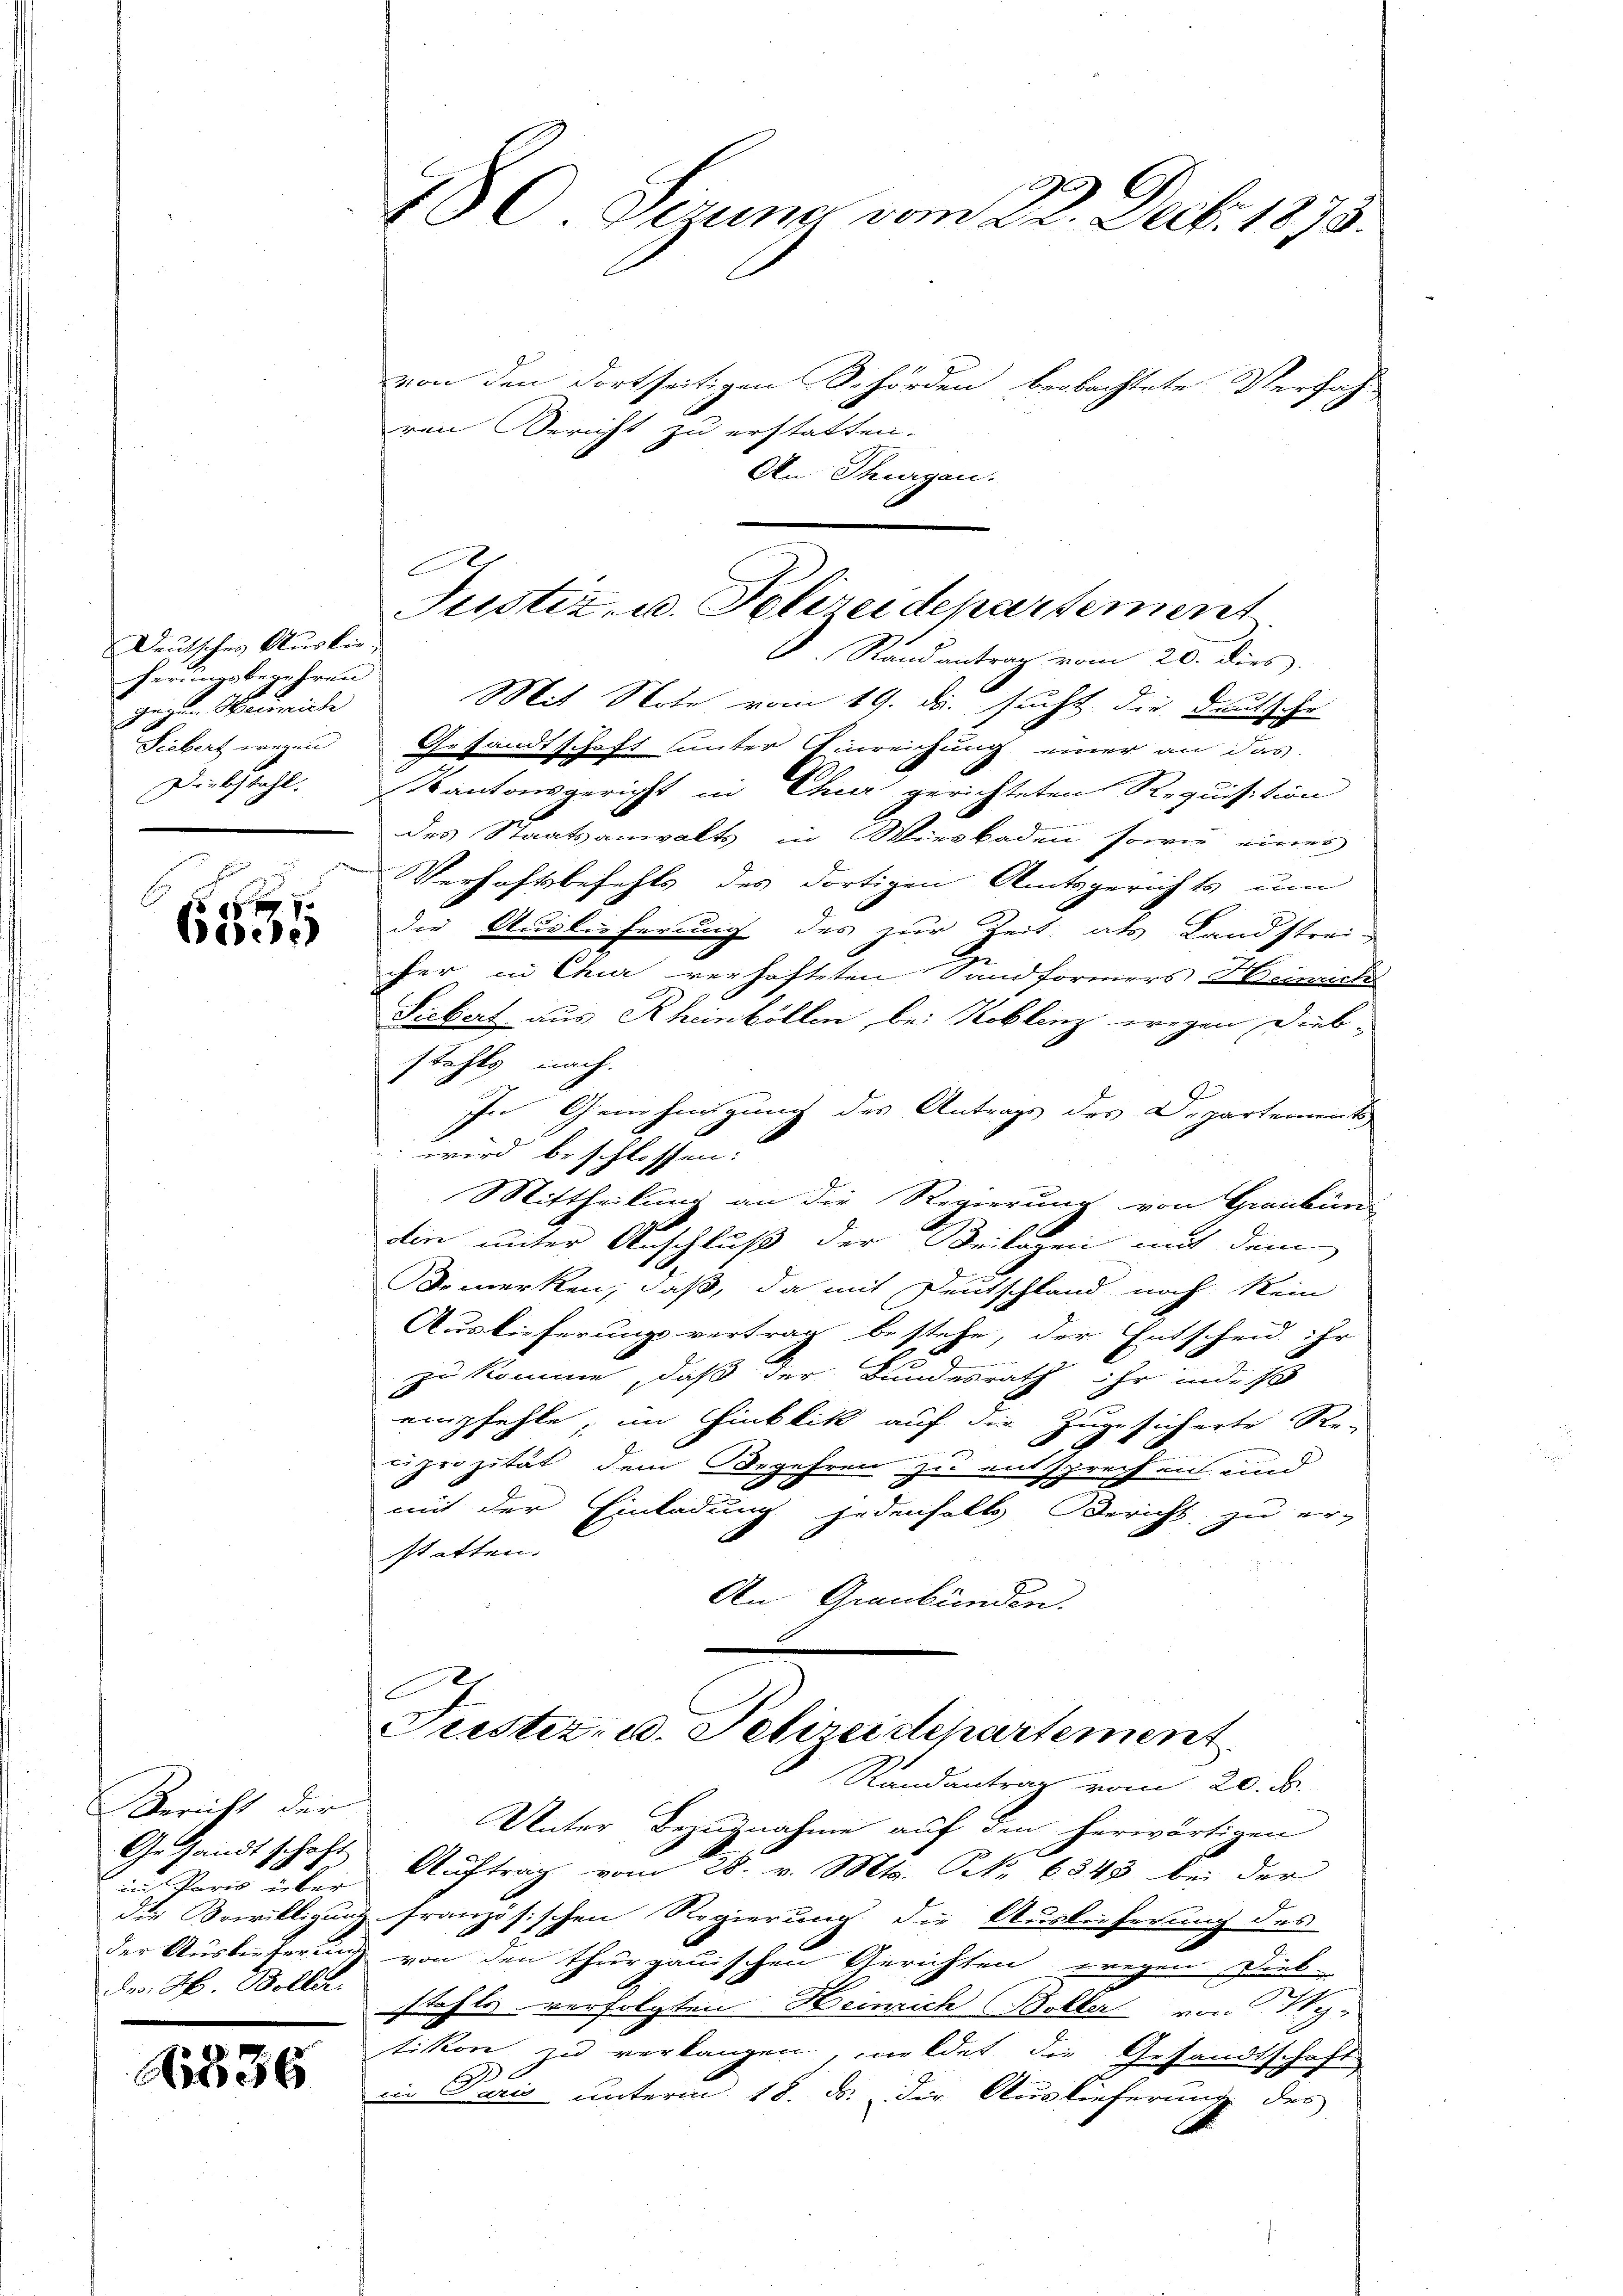
Deutsches Auslieherungsbegehren
gegen Maureiche
.
Fiebert wegen
n

esehe

Bericht der
Gestandtschaft
in Paris über
der Bewilligung
des H. Bolle.

A836

von den dortseitigen Behörden beobachtete Verfah-
ren Bericht zu erstatten.
An Thurgau.
Mit Note vom 19. ds. sucht die Deutsche
Gesandtschaft unter Einreichung einer an das
Diebstahl. Kantonsgericht in Chur gerichteten Requisition
des Staatsanwalts in Wiesbaden sowie eines
Verhaftsbefehls des dortigen Amtsgerichts um
die Auslieferung des zur Zeit als Landstra-
Z
cher in Chur verhafteten Sandformers Keincks
Fiebert aus Rheinböllen bei Koblenz wegen Dieb-
stahls nach.
In Genehmigung des Antrags des Departements
 wird beschlossen:
Mittheilung an die Regierung von Graubünd
din unter Anschluß der Beilagen mit dem
f
Bemerken, daß, da mit Deutschland noch kein
Auslieferung vertrag bestehe, der Entscheid ihr
zu komme, daß der Bundesrath ihr indes
empfehle, im Hinblik auf die Zugesicherte Re-
prozität dem Begehren zu entsprechen und
mit der Einladung jedenfalls Bericht zu er-
statten.
An Graubünden.
.
Justiz- u. Pelireidepartement
Randantrag vom 20. ds.
Unter Bezugnahme auf den herwärtigen
Auftrag vom 28. v. Mts. (N. 6343 bei der
französischen Regierung die Auslieferung des
der Auslieferung von den thurgauischen Gerichten wegen Dieb-
stehte verfolgten Heinrich Boller von Ny-
tikon zu verlangen, meldet, die Gesandtschaft
2
in Paris unterm 18. ds. Die Auslieferung des

.
10 gerung vom 22. Decbr. 1873.

1
Justiz, u. Polizeidepartement
V. Randantrag vom 20. dies